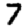
Digit: 7